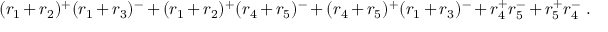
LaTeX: ( r _ { 1 } + r _ { 2 } ) ^ { + } ( r _ { 1 } + r _ { 3 } ) ^ { - } + ( r _ { 1 } + r _ { 2 } ) ^ { + } ( r _ { 4 } + r _ { 5 } ) ^ { - } + ( r _ { 4 } + r _ { 5 } ) ^ { + } ( r _ { 1 } + r _ { 3 } ) ^ { - } + r _ { 4 } ^ { + } r _ { 5 } ^ { - } + r _ { 5 } ^ { + } r _ { 4 } ^ { - } ~ .